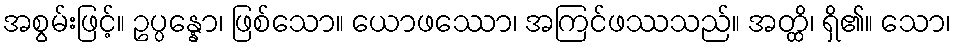
အစွမ်းဖြင့်။ ဥပ္ပန္နော၊ ဖြစ်သော။ ယောဖဿော၊ အကြင်ဖဿသည်။ အတ္ထိ၊ ရှိ၏။ သော၊